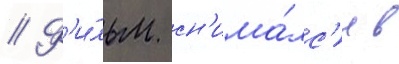
// Ф'и́льм сн'има́лс'я в